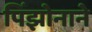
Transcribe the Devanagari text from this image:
पिंझोनाने